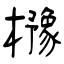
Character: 櫲